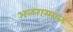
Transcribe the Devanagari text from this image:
अळगम्माळ